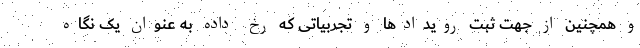
و همچنین از جهت ثبت رویدادها و تجربیاتی که رخ داده به عنوان یک نگاه